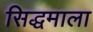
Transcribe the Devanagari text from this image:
सिद्धमाला